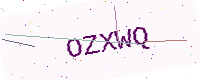
Text: OZXWQ